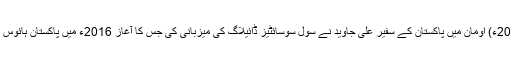
12 جنوری2018ء) اومان میں پاکستان کے سفیر علی جاوید نے سول سوسائٹیز ڈائیلاگ کی میزبانی کی جس کا آغاز 2016ء میں پاکستان ہائوس میں کیا گیا تھا۔